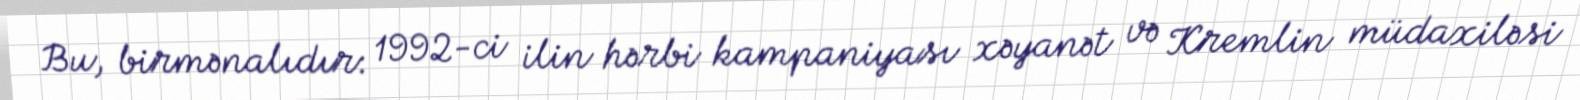
Bu, birmənalıdır: 1992-ci ilin hərbi kampaniyası xəyanət və Kremlin müdaxiləsi